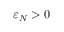
\varepsilon _ { N } > 0